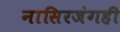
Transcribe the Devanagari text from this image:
नासिरजंगही